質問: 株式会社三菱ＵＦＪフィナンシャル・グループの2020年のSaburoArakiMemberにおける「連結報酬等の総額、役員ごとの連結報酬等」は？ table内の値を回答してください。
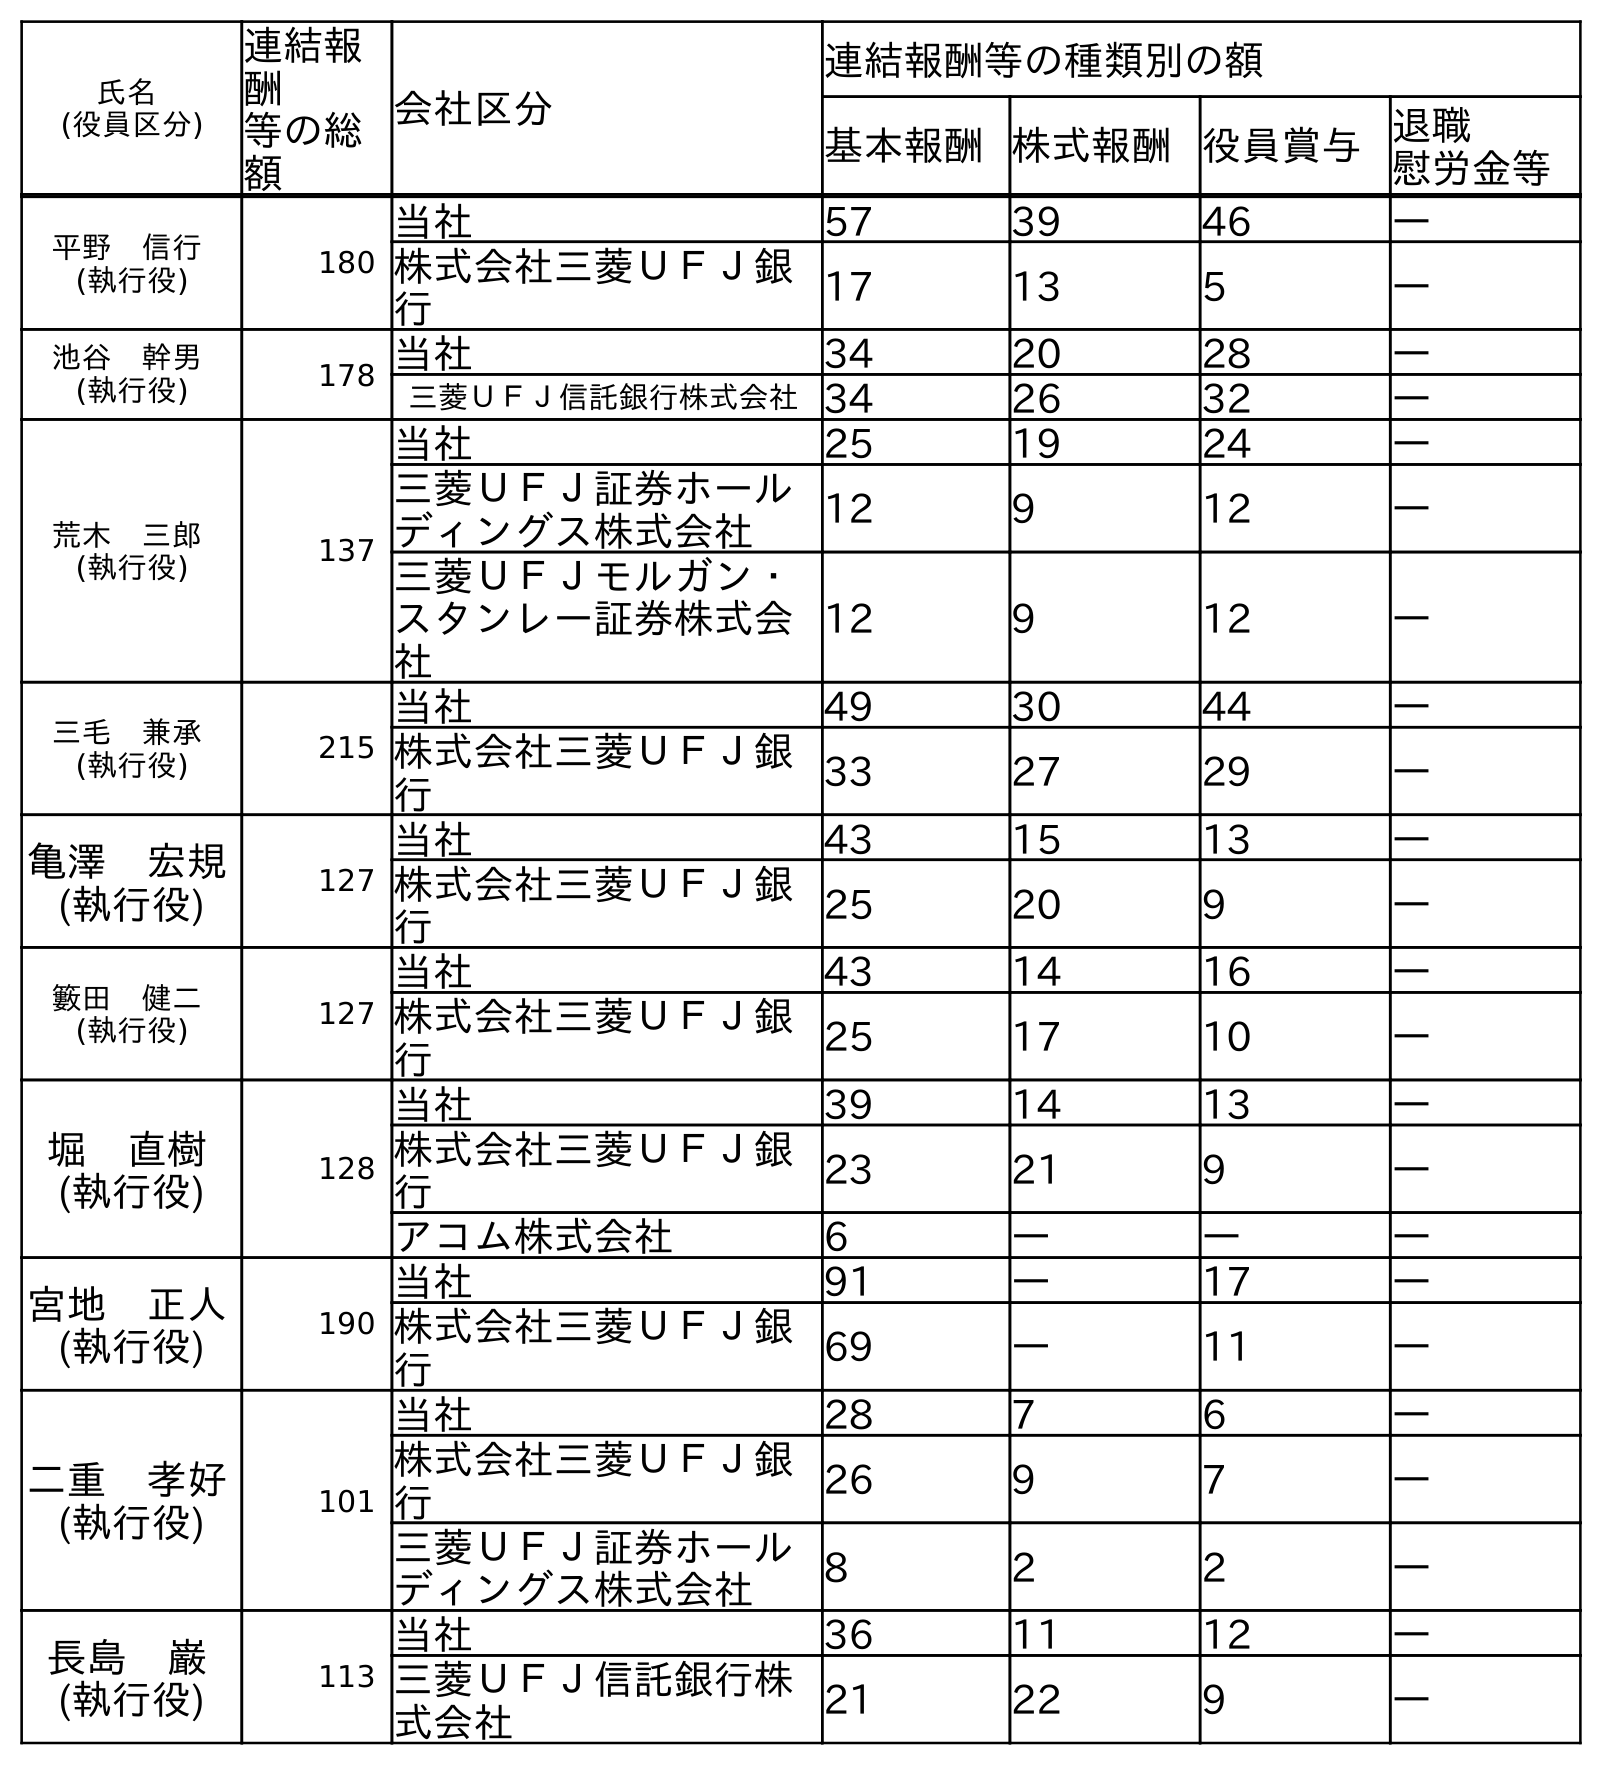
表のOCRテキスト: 氏名 (役員区分) 連結報 酬 等の総 額 会社区分 連結報酬等の種類別の額 基本報酬株式報酬役員賞与退職 慰労金等 平野 信行 (執行役) 180 当社 57 39 46 ― 株式会社三菱ＵＦＪ銀 行 17 13 5 ― 池谷 幹男 (執行役) 178 当社 34 20 28 ― 三菱ＵＦＪ信託銀行株式会社34 26 32 ― 荒木 三郎 (執行役) 137 当社 25 19 24 ― 三菱ＵＦＪ証券ホール ディングス株式会社 12 9 12 ― 三菱ＵＦＪモルガン・ スタンレー証券株式会 社 12 9 12 ― 三毛 兼承 (執行役) 215 当社 49 30 44 ― 株式会社三菱ＵＦＪ銀 行 33 27 29 ― 亀澤 宏規 (執行役) 127 当社 43 15 13 ― 株式会社三菱ＵＦＪ銀 行 25 20 9 ― 籔田 健二 (執行役) 127 当社 43 14 16 ― 株式会社三菱ＵＦＪ銀 行 25 17 10 ― 堀 直樹 (執行役) 128 当社 39 14 13 ― 株式会社三菱ＵＦＪ銀 行 23 21 9 ― アコム株式会社 6 ― ― ― 宮地 正人 (執行役) 190 当社 91 ― 17 ― 株式会社三菱ＵＦＪ銀 行 69 ― 11 ― 二重 孝好 (執行役) 101 当社 28 7 6 ― 株式会社三菱ＵＦＪ銀 行 26 9 7 ― 三菱ＵＦＪ証券ホール ディングス株式会社 8 2 2 ― 長島 巌 (執行役) 113 当社 36 11 12 ― 三菱ＵＦＪ信託銀行株 式会社 21 22 9 ―
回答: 137